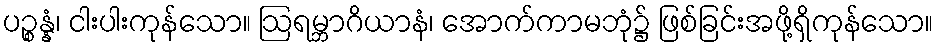
ပဉ္စန္နံ၊ ငါးပါးကုန်သော။ ဩရမ္ဘာဂိယာနံ၊ အောက်ကာမဘုံ၌ ဖြစ်ခြင်းအဖို့ရှိကုန်သော။